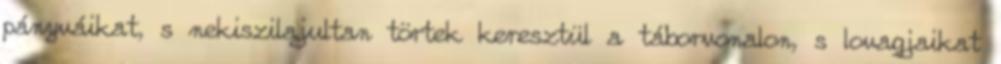
pányváikat, s nekiszilajultan törtek keresztül a táborvonalon, s lovagjaikat